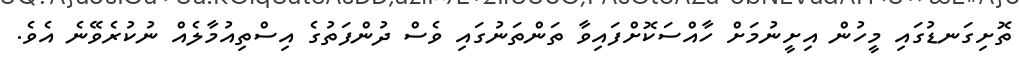
ތޮށިގަނޑުގައި މީހުން އިށީނުމަށް ހާއްސަކޮށްފައިވާ ތަންތަނުގައި ވެސް ދުންފަތުގެ އިސްތިއުމާލެއް ނުކުރެވޭނެ އެވެ.